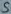
Text: S